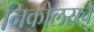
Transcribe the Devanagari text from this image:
निकोलसचे